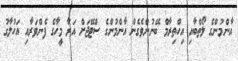
އާންމުންގެ ލޯތްބާއި އިހްތިރާމް ބޭނުންވެގެން އާންމުންގެ ސްޓޭޖަށް އަރާ މީހާގެ ފެންވަރާއި އަހުލާގު